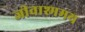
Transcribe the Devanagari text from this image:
जीवाश्ममय